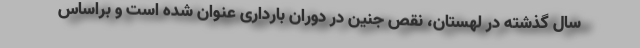
سال گذشته در لهستان، نقص جنین در دوران بارداری عنوان شده است و براساس